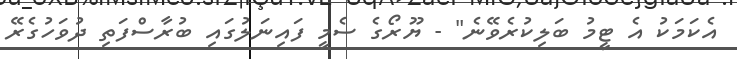
އެކަމަކު އެ ޓީމު ބަލިކުރެވޭނެ" - ޔޫރޯގެ ސެމީ ފައިނަލުގައި ބުރާސްފަތި ދުވަހުގެރޭ